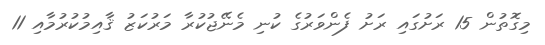
މިގޮތުން 15 ރަށުގައި ރަށު ފެންވަރުގެ ކުނި މެނޭޖުކުރާ މަރުކަޒު ޤާއިމުކުރުމާއި 11